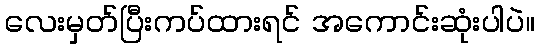
လေးမှတ်ပြီးကပ်ထားရင် အကောင်းဆုံးပါပဲ။